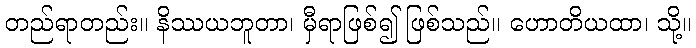
တည်ရာတည်း။ နိဿယဘူတာ၊ မှီရာဖြစ်၍ ဖြစ်သည်။ ဟောတိယထာ၊ သို့။